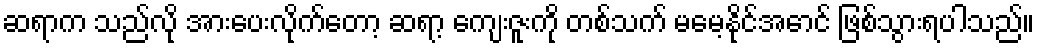
ဆရာက သည်လို အားပေးလိုက်တော့ ဆရာ့ ကျေးဇူးကို တစ်သက် မမေ့နိုင်အောင် ဖြစ်သွားရပါသည်။